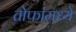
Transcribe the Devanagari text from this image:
तोफांमध्ये